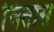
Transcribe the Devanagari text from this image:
चितोसे